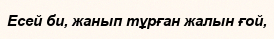
Есей би, жанып тұрған жалын ғой,